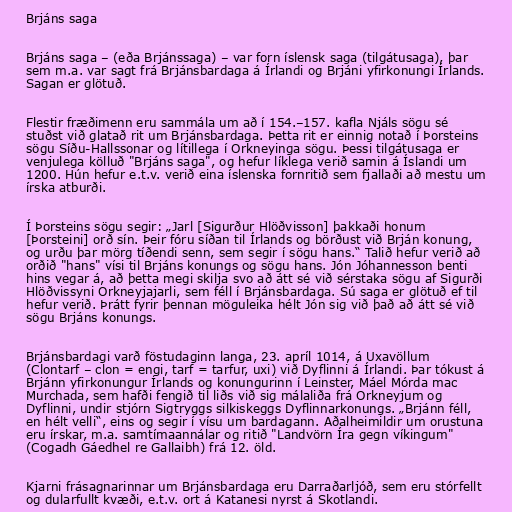
Brjáns saga

Brjáns saga – (eða Brjánssaga) – var forn íslensk saga (tilgátusaga), þar
sem m.a. var sagt frá Brjánsbardaga á Írlandi og Brjáni yfirkonungi Írlands.
Sagan er glötuð.

Flestir fræðimenn eru sammála um að í 154.–157. kafla Njáls sögu sé
stuðst við glatað rit um Brjánsbardaga. Þetta rit er einnig notað í Þorsteins
sögu Síðu-Hallssonar og lítillega í Orkneyinga sögu. Þessi tilgátusaga er
venjulega kölluð "Brjáns saga", og hefur líklega verið samin á Íslandi um
1200. Hún hefur e.t.v. verið eina íslenska fornritið sem fjallaði að mestu um
írska atburði.

Í Þorsteins sögu segir: „Jarl [Sigurður Hlöðvisson] þakkaði honum
[Þorsteini] orð sín. Þeir fóru síðan til Írlands og börðust við Brján konung,
og urðu þar mörg tíðendi senn, sem segir í sögu hans.“ Talið hefur verið að
orðið "hans" vísi til Brjáns konungs og sögu hans. Jón Jóhannesson benti
hins vegar á, að þetta megi skilja svo að átt sé við sérstaka sögu af Sigurði
Hlöðvissyni Orkneyjajarli, sem féll í Brjánsbardaga. Sú saga er glötuð ef til
hefur verið. Þrátt fyrir þennan möguleika hélt Jón sig við það að átt sé við
sögu Brjáns konungs.

Brjánsbardagi varð föstudaginn langa, 23. apríl 1014, á Uxavöllum
(Clontarf – clon = engi, tarf = tarfur, uxi) við Dyflinni á Írlandi. Þar tókust á
Brjánn yfirkonungur Írlands og konungurinn í Leinster, Máel Mórda mac
Murchada, sem hafði fengið til liðs við sig málaliða frá Orkneyjum og
Dyflinni, undir stjórn Sigtryggs silkiskeggs Dyflinnarkonungs. „Brjánn féll,
en hélt velli“, eins og segir í vísu um bardagann. Aðalheimildir um orustuna
eru írskar, m.a. samtímaannálar og ritið "Landvörn Íra gegn víkingum"
(Cogadh Gáedhel re Gallaibh) frá 12. öld.

Kjarni frásagnarinnar um Brjánsbardaga eru Darraðarljóð, sem eru stórfellt
og dularfullt kvæði, e.t.v. ort á Katanesi nyrst á Skotlandi.